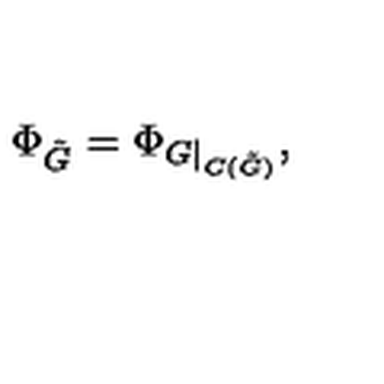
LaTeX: \Phi _ { \tilde { G } } = \Phi _ { G \mid _ { C ( \tilde { G } ) } } ,